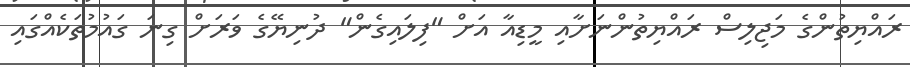
ރައްޔިތުންގެ މަޖިލިސް ރައްޔިތުންނަށާއި މީޑިއާ އަށް "ފިލައިގެން" ދުނިޔޭގެ ވަރަށް ގިނަ ގައުމުތަކެއްގައި